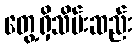
တွေ့ရှိသိမ်းဆည်း